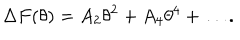
\Delta F ( \theta ) = A _ { 2 } \theta ^ { 2 } + A _ { 4 } \theta ^ { 4 } + \ldots .